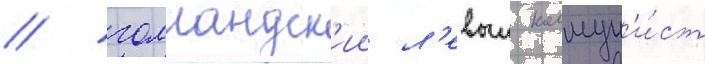
/ голландск'ии л'евыи коммун'и́ст